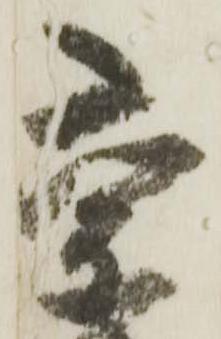
京